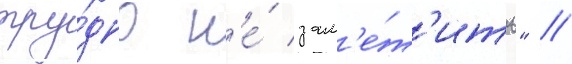
тру́дно н'е́ зам'е́т'ить" //